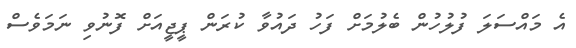
އެ މައްސަލަ ފުލުހުން ބެލުމަށް ފަހު ދައުވާ ކުރަން ޕީޖީއަށް ފޮނުވި ނަމަވެސް